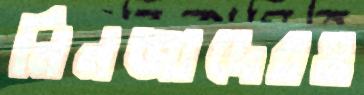
নিনজাদেরও